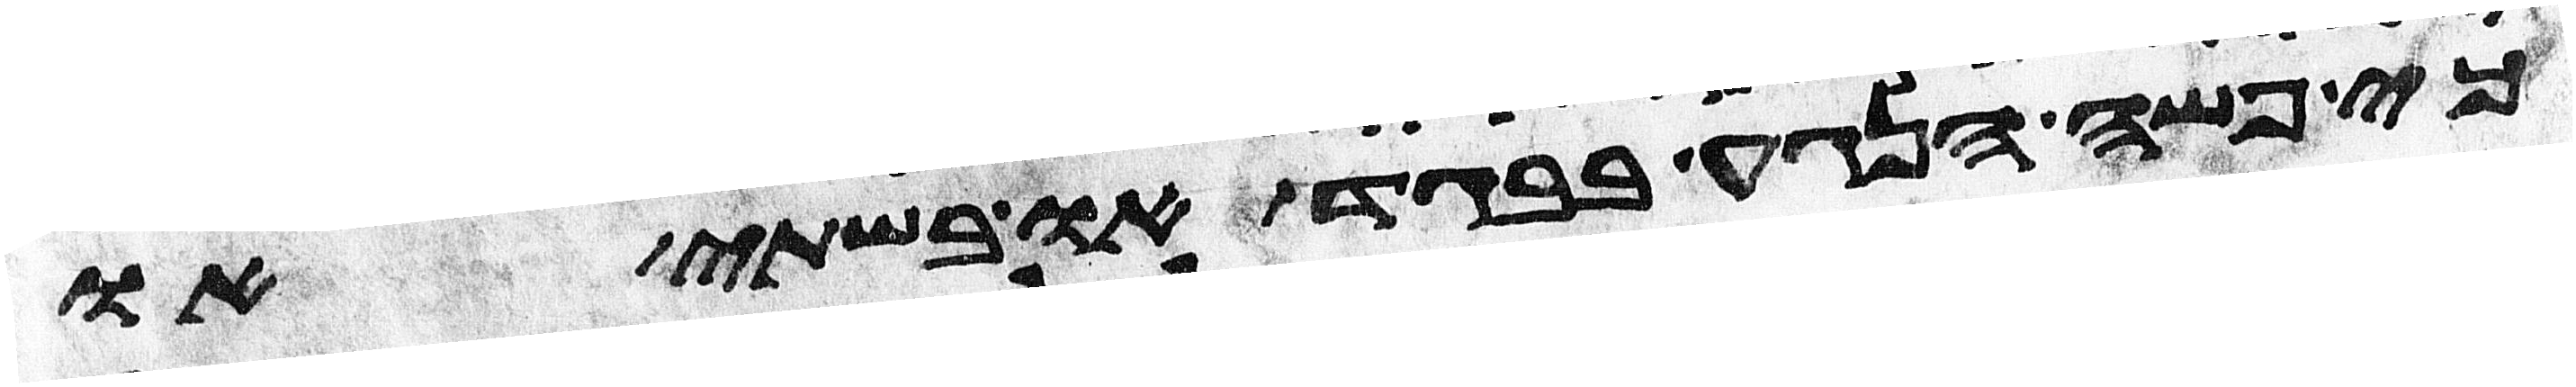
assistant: כי פשה הנגע בבגד או בשתי או